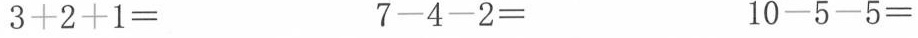
3+2+1= 7-4-2= 10-5-5=